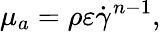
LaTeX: \mu_{a}=\rho\varepsilon\dot{\gamma}^{n-1},